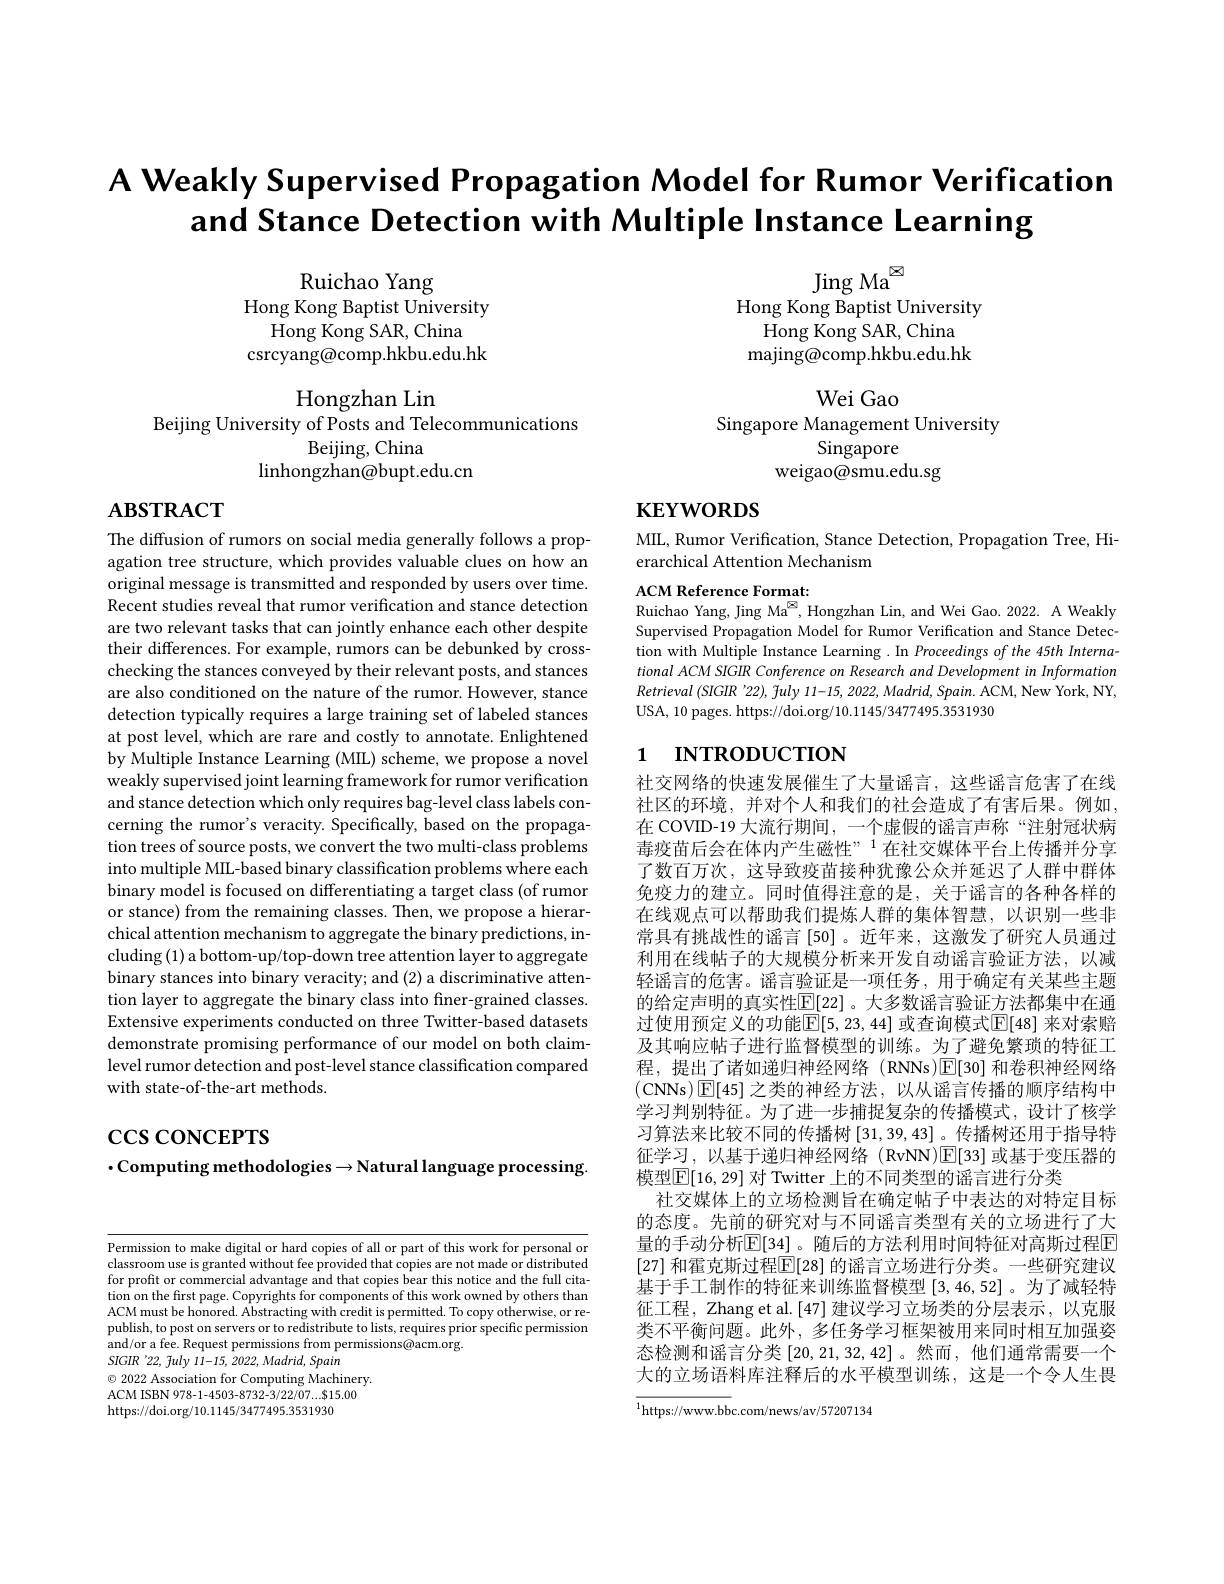
A Weakly Supervised Propagation Model for Rumor Verification
and Stance Detection with Multiple Instance Learning

$\mathrm{Jing~Ma}^{\otimes}$
Hong Kong Baptist University
Hong Kong SAR, China
majing@ comp. hkbu. edu. hk

Ruichao Yang
Hong Kong Baptist University
Hong Kong SAR, China
csrcyang@comp.hkbu.edu.hk

Hongzhan Lin
Beijing University of Posts and Telecommunications
Beijing, China
linhongzhan@bupt.edu.cn

Wei Gao
Singapore Management University
Singapore
weigao@smu.edu.sg

# $\mathbf{ABSTRACT}$

# $\mathbf{KEYWORDS}$

MIL, Rumor Verification, Stance Detection, Propagation Tree, Hi-
erarchical Attention Mechanism

ACM Reference Format:
Ruichao Yang, Jing Ma$^{\textcircled{\infty}}$,Hongzhan Lin, and Wei Gao. 2022. A Weakly

Supervised Propagation Model for Rumor Verification and Stance Detection with Multiple Instance Learning . In Proceedings of the 45th International ACM SIGIR Conference on Research and Development in Information Retrieval (SIGIR'22), $\tilde{f}uly$ 11-15, 2022, Madrid, Spain. ACM, New York, NY, USA, 10 pages. https://doi.org/10.1145/3477495.3531930

## 1 INTRODUCTION

The diffusion of rumors on social media generally follows a propagation tree structure, which provides valuable clues on how an original message is transmitted and responded by users over time. Recent studies reveal that rumor verification and stance detection are two relevant tasks that can jointly enhance each other despite their differences. For example, rumors can be debunked by crosschecking the stances conveyed by their relevant posts, and stances are also conditioned on the nature of the rumor. However, stance detection typically requires a large training set of labeled stances at post level, which are rare and costly to annotate. Enlightened by Multiple Instance Learning (MIL) scheme, we propose a novel weakly supervised joint learning framework for rumor verification and stance detection which only requires bag-level class labels concerning the rumor's veracity. Specifically, based on the propagation trees of source posts, we convert the two multi-class problems into multiple MIL-based binary classification problems where each binary model is focused on differentiating a target class (of rumor or stance) from the remaining classes. Then, we propose a hierarchical attention mechanism to aggregate the binary predictions, including (1) a bottom-up/top-down tree attention layer to aggregate binary stances into binary veracity; and (2) a discriminative attention layer to aggregate the binary class into finer-grained classes. Extensive experiments conducted on three Twitter-based datasets demonstrate promising performance of our model on both claimlevel rumor detection and post-level stance classification compared with state-of-the-art methods.

社交网络的快速发展催生了大量谣言，这些谣言危害了在线社区的环境，并对个人和我们的社会造成了有害后果。例如， 在 COVID-19 大流行期间，一个虚假的谣言声称“注射冠状病毒疫苗后会在体内产生磁性” 1 在社交媒体平台上传播并分享了数百万次，这导致疫苗接种犹豫公众并延迟了人群中群体免疫力的建立。同时值得注意的是，关于谣言的各种各样的在线观点可以帮助我们提炼人群的集体智慧，以识别一些非常具有挑战性的谣言[50]。近年来，这激发了研究人员通过利用在线帖子的大规模分析来开发自动谣言验证方法，以减轻谣言的危害。谣言验证是一项任务，用于确定有关某些主题的给定声明的真实性$\underline{\mathbb{E}}[22]$。大多数谣言验证方法都集中在通过使用预定义的功能$\overline{\mathbb{E}}[5,23,44]$ 或查询模式$\overline{\mathbb{E}}[48]$ 来对索赔及其响应帖子进行监督模型的训练。为了避免繁琐的特征工程，提出了诸如递归神经网络(RNNs)$\boxed{\mathbb{E}}[30]$和卷积神经网络(CNNs$)\boxed{\mathrm{F}}[45]$之类的神经方法，以从谣言传播的顺序结构中学习判别特征。为了进一步捕捉复杂的传播模式，设计了核学习算法来比较不同的传播树[31,39,43] 。传播树还用于指导特征学习，以基于递归神经网络(RvNN)$\mathbb{E}[33]$或基于变压器的模型$\boxed{\mathbb{E}}[16,29]$ 对 Twitter 上的不同类型的谣言进行分类
社交媒体上的立场检测旨在确定帖子中表达的对特定目标的态度。先前的研究对与不同谣言类型有关的立场进行了大量的手动分析$\overline{\mathbb{E}}[34]$。随后的方法利用时间特征对高斯过程E [27] 和霍克斯过程$\mathbb{E}[28]$ 的谣言立场进行分类。一些研究建议基于手工制作的特征来训练监督模型[3,46,52]。为了减轻特征工程，Zhang et al.[47] 建议学习立场类的分层表示，以克服类不平衡问题。此外，多任务学习框架被用来同时相互加强姿态检测和谣言分类[20,21,32,42] 。然而，他们通常需要一个大的立场语料库注释后的水平模型训练，这是一个令人生畏

$\csc\csc$coNCEPTS

$\cdot$Computing methodologies$\to$Natural language processing.

Permission to make digital or hard copies of all or part of this work for personal or classroom use is granted without fee provided that copies are not made or distributed for profit or commercial advantage and that copies bear this notice and the full citation on the first page. Copyrights for components of this work owned by others than ACM must be honored. Abstracting with credit is permitted. To copy otherwise, or republish, to post on servers or to redistribute to lists, requires prior specific permission and/or a fee. Request permissions from permissions@acm.org.
$SIGIR$ '22, fuly 11-15, 2022, Madrid, Spain
$\odot$ 2022 Association for Computing Machinery. ACM ISBN 978-1-4503-8732-3/22/07....$15.00 https://doi.org/10.1145/3477495.3531930

$^{1}$https://www.bbc.com/news/av/57207134